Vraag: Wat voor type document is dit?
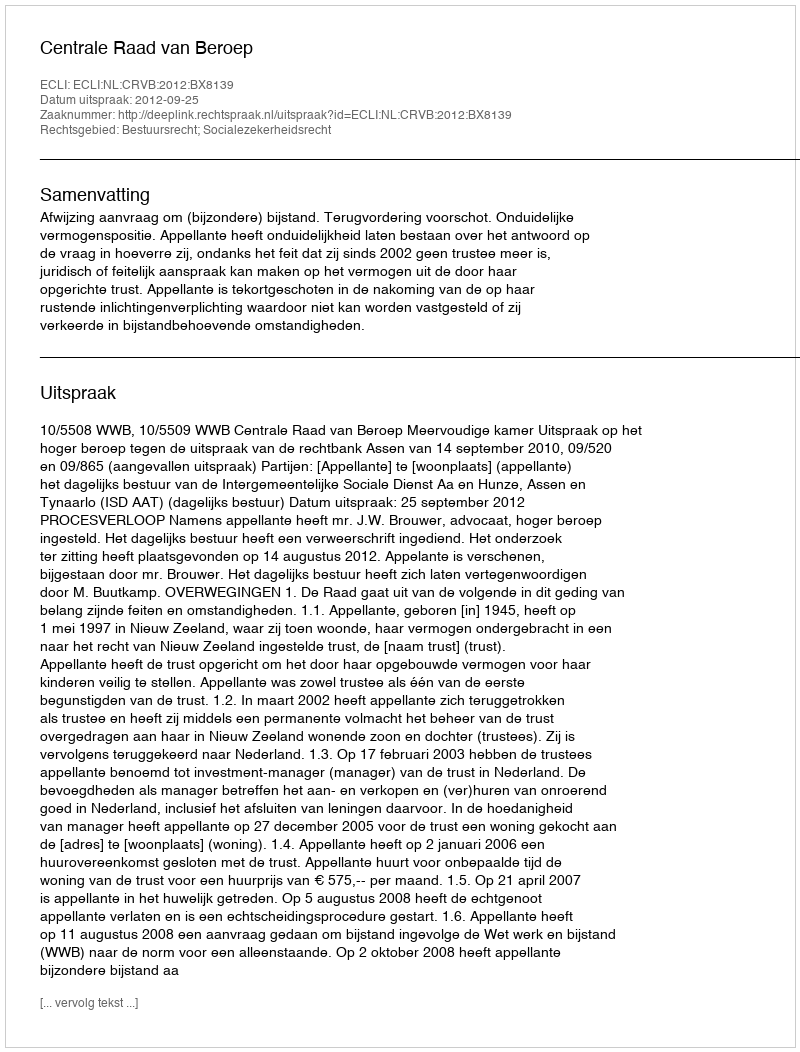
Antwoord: Uitspraak